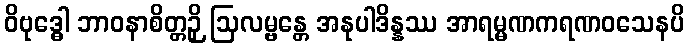
ဝိဗုဒ္ဓေါ ဘာဝနာစိတ္တဉှိ ဩလမ္ဗန္တေ အနုပါဒိန္နဿ အာရမ္မဏကရဏဝသေနပိ